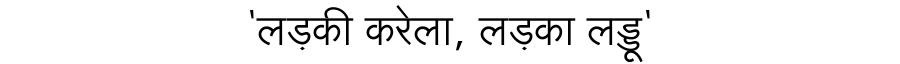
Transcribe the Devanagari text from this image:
'लड़की करेला, लड़का लड्डू'